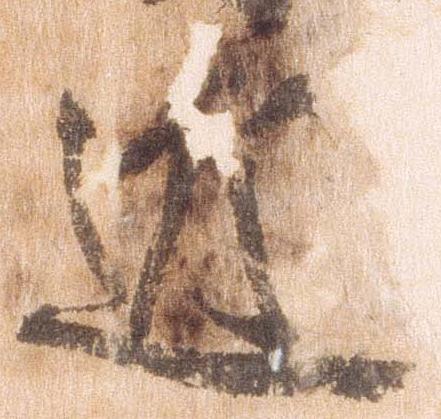
近